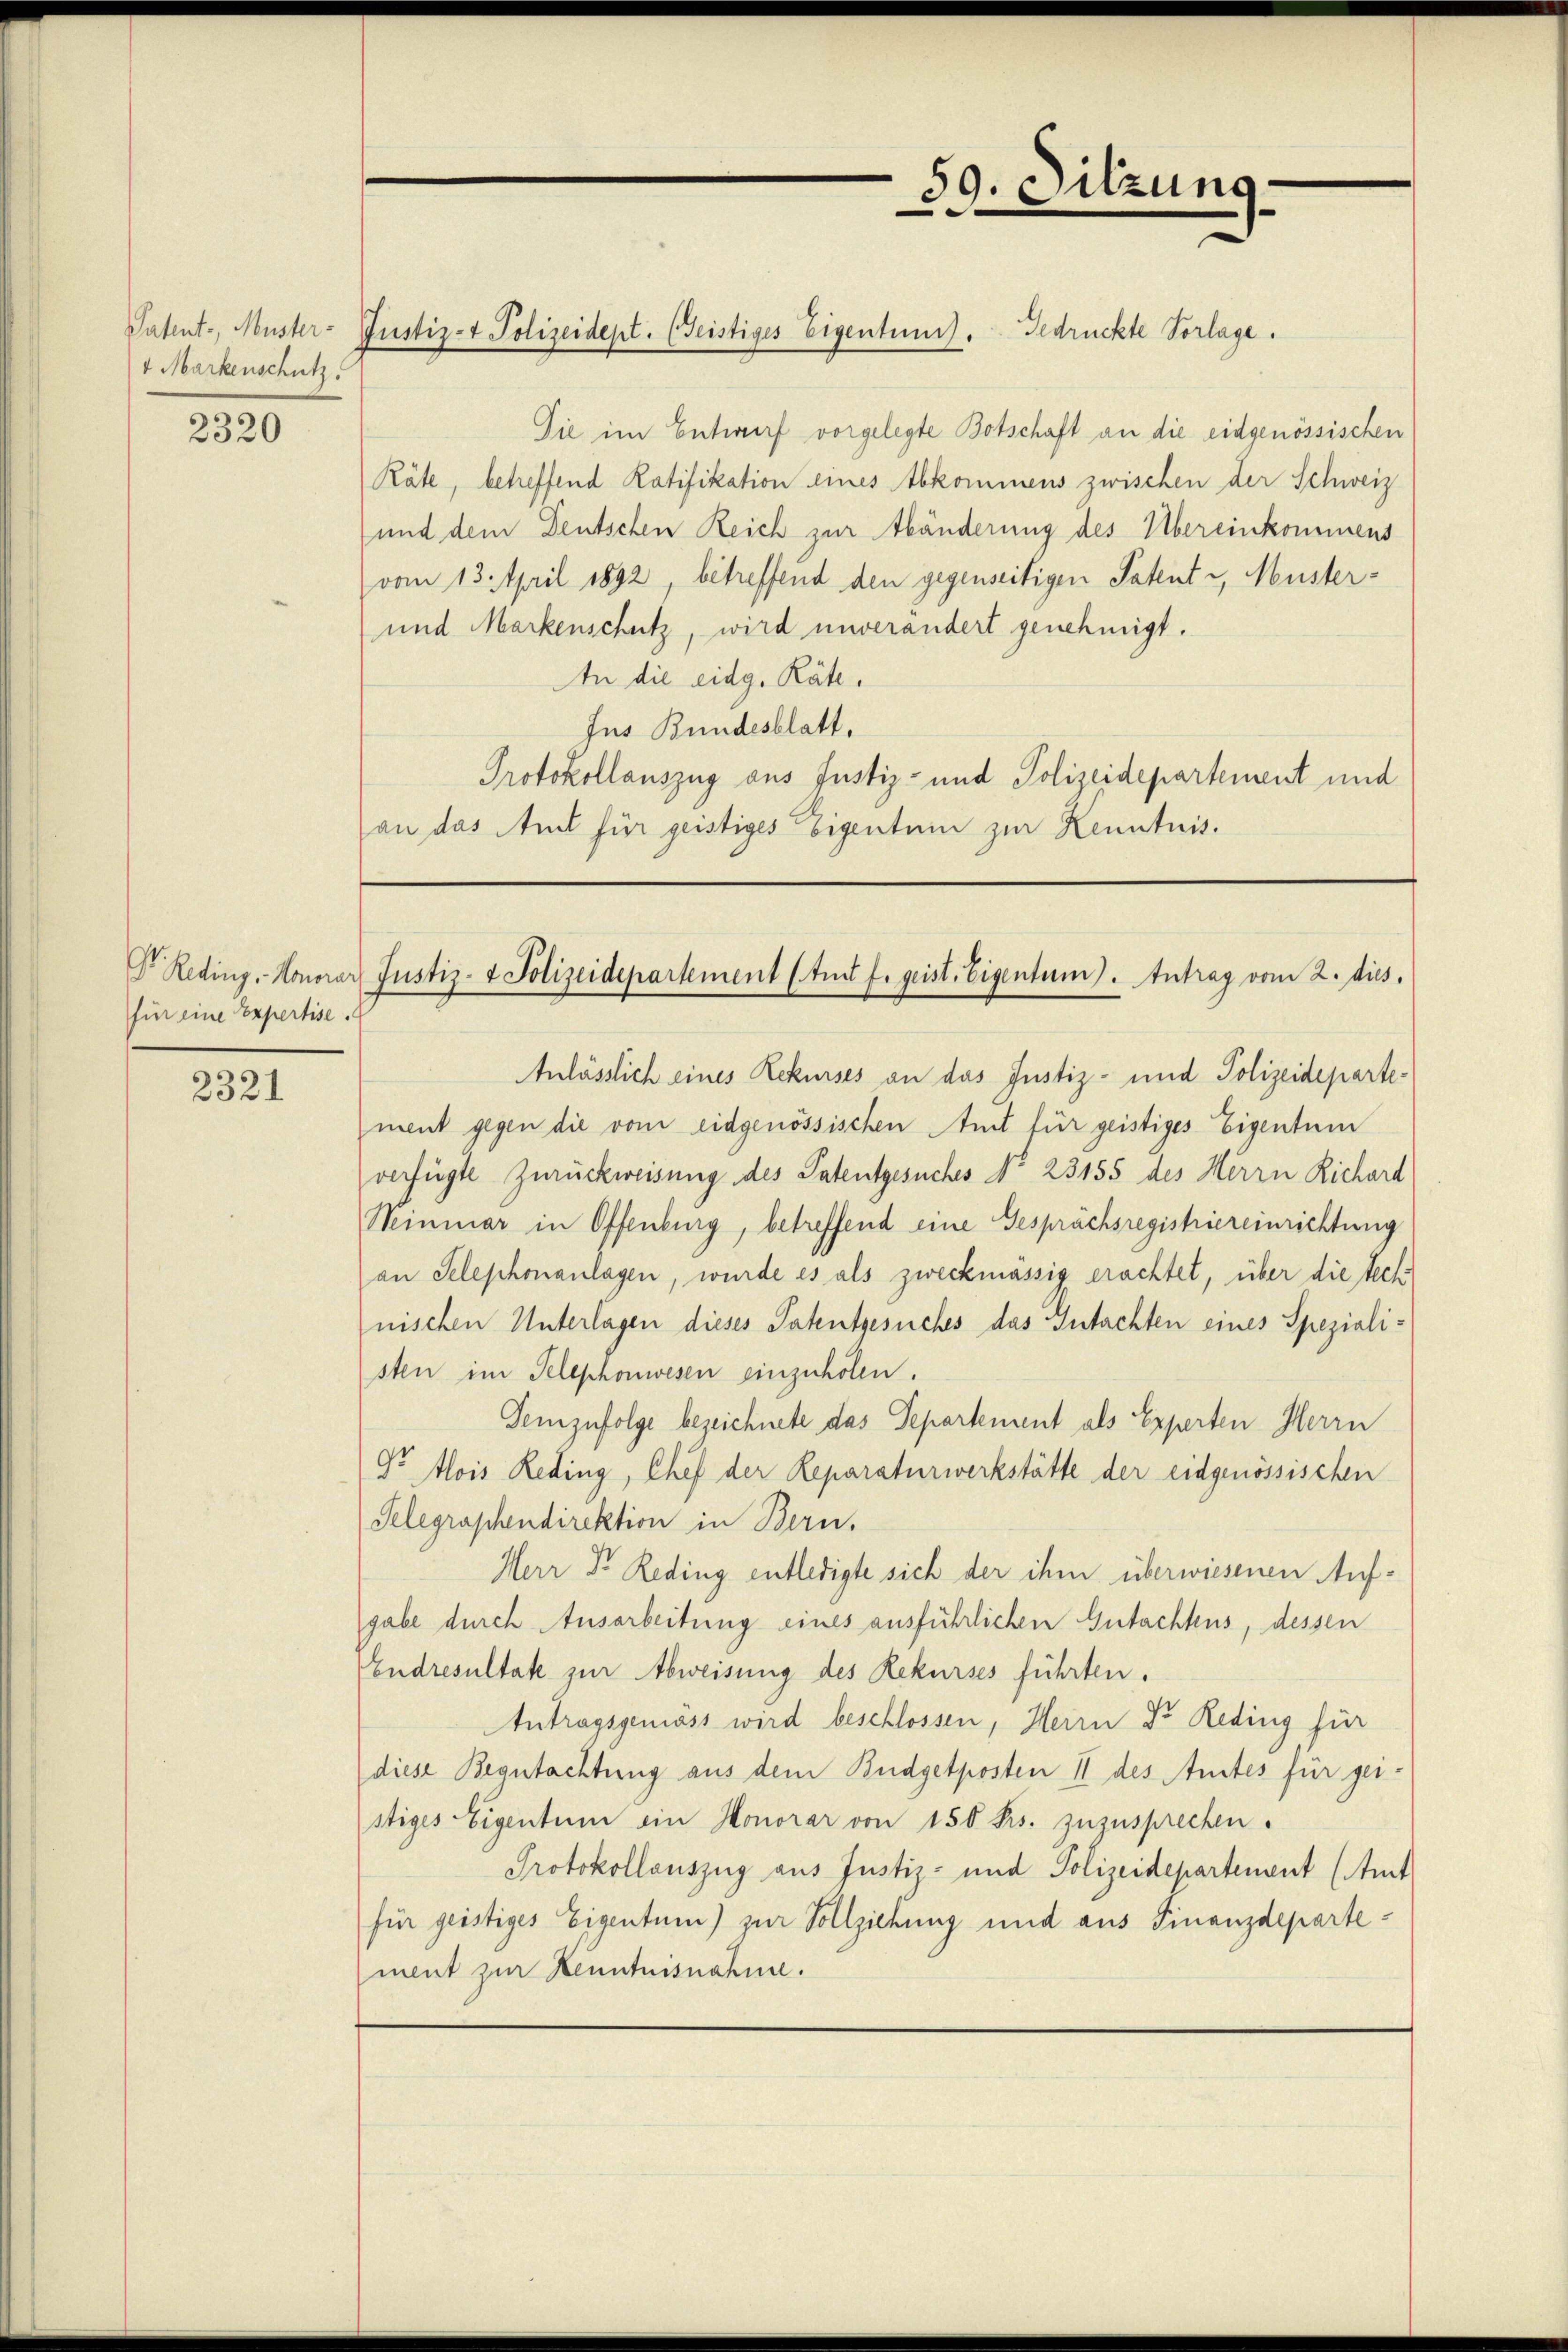
1 Markenschutz

2320

für eine Expertise.

2321

Patent, Muster- Justiz- Polizeidept. (Seistiges Eigentum). Gedrückte Vorlage.

59. Sitzung.

Die im Entwurf vorgelegte Botschaft an die eidgenössischen
Räte, betreffend Ratifikation eines Abkommens zwischen der Schweiz
und dem Deutschen Reich zur Abänderung des Übereinkommens
vom 13. April 1892, betreffend den gegenseitigen Patenti, Muster¬
und Markenschutz, wird unverändert genehmigt.
An die eidg. Räte.
Jus Bundesblatt,
Protokollauszug aus Justiz- und Polizeidepartement und
an das Amt für geistiges Eigentum zur Kenntnis.

Dr. Reding. Honorar Justiz- & Polizeidepartement (tudt f. geist. Eigentum). Antrag vom 2. dies.

Anlässlich eines Rekurses an das Justiz- und Polizeidepartement gegen die vom eidgenössischen Amt für geistiges Eigentum
verfügte Zurückweisung des Patentgesuches No 23155 des Herrn Richard
Weinmar in Offenburg, betreffend eine Gesprächsregistriereinrichtung
an Telephonanlagen, wurde es als zweckmässig erachtet, über die tech
nischen Unterlagen dieses Patentgesuches das Gutachten eines Spezialisten im Telephonwesen einzuholen.
Demzufolge bezeichnete das Departement als Experten Herrn
Dr Alois Reding, Chef der Reparaturwerkstätte der eidgenössischen
Telegraphendirektion in Bern.
Herr Dr. Reding entledigte sich der ihm überwiesenen Aufgabe durch Ausarbeitung eines ausführlichen Gutachtens, dessen
Endresultate zur Abweisung des Rekurses führten.
Antragsgemäss wird beschlossen, Herrn Dr. Reding für
diese Begutachtung aus dem Budgetposten II des Amtes für gei-
stiges Eigentum ein Honorar von 150 frs. zuzusprechen.
Protokollauszug aus Justiz- und Polizeidepartement (Amt
für geistiges Eigentum) zur Vollziehung und aus Finanzdepartement zur Kenntnisnahme.